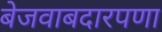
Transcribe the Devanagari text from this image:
बेजवाबदारपणा